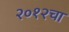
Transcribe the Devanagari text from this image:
२०१२चा